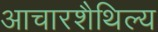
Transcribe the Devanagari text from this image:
आचारशैथिल्य